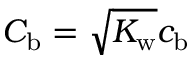
C _ { \mathrm { b } } = \sqrt { K _ { \mathrm { w } } } c _ { \mathrm { b } }